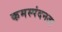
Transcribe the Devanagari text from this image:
कमस्पंदनता